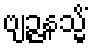
ဗျဉ္ဇနသ္မိံ